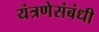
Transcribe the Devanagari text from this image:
यंत्रणेसंबंधी